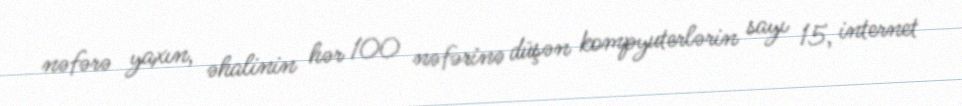
nəfərə yaxın, əhalinin hər 100 nəfərinə düşən kompyuterlərin sayı 15, internet